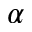
\alpha